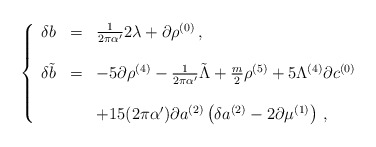
\begin{align*}\left\{\begin{array}{rcl}\delta b & = & \frac{1}{2\pi\alpha^{\prime}}2\lambda +\partial\rho^{(0)}\, ,\\& & \\\delta \tilde{b} & = & -5\partial\rho^{(4)}-\frac{1}{2\pi\alpha^{\prime}}\tilde{\Lambda} +\frac{m}{2}\rho^{(5)} +5\Lambda^{(4)}\partial c^{(0)}\\& & \\& &+15(2\pi\alpha^{\prime})\partial a^{(2)}\left(\delta a^{(2)}-2\partial\mu^{(1)}\right)\, ,\\\end{array}\right.\end{align*}